Annual administration report of the Civil Veterinary Department of India - 1896-1897
Year: 1896
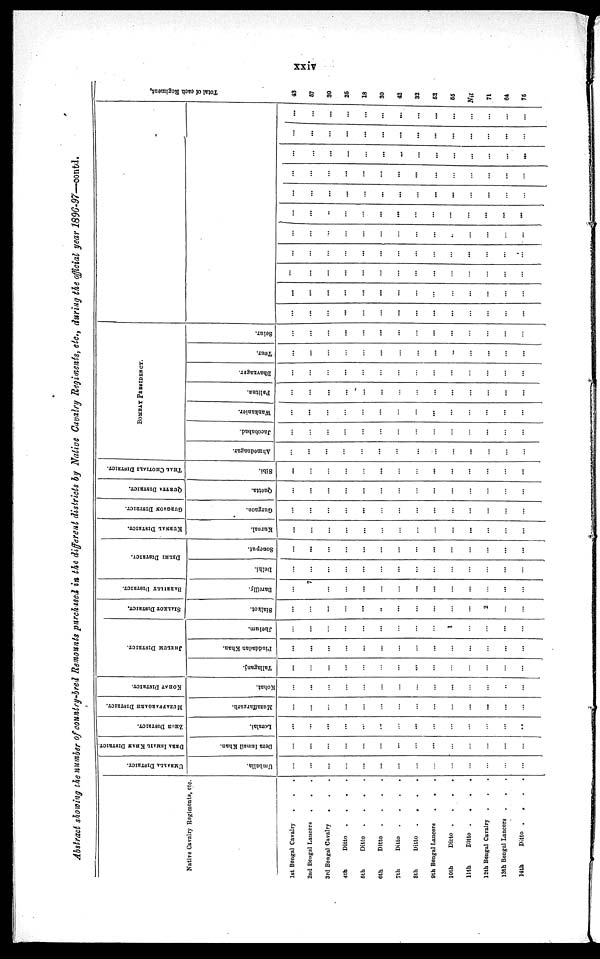
xxiv
Abstract showing the number of country-bred Remounts purchased in the different districts by Native Cavalry Regiments, etc., during the official year 1896-97—contd.
Native Cavalry Regiments, etc.
1st Bengal Cavalry . . .
2nd Bengal Lancers . . .
3rd Bengal Cavalry . . .
4th
Ditto .
.
.
.
5th
Ditto
.
.
.
.
6th
Ditto
.
.
.
.
7th
Ditto .
.
.
.
8th
Ditto
.
.
.
.
9th Bengal Lancers
.
.
.
10th
Ditto .
.
.
.
11th
Ditto .
.
.
.
12th Bengal Cavalry . . .
13th Bengal Lancers . . .
14th
Ditto .
.
.
.
UMBALLA DISTRICT.
Umballa.
...
...
...
...
...
...
...
...
...
...
...
...
...
...
DERA ISMAIL KHAN DISTRICT.
Dera Ismail Khan.
...
...
...
...
...
...
...
...
...
...
...
...
...
...
ZHOB DISTRICT.
Loralai.
...
...
...
...
...
...
...
...
...
...
...
...
...
...
MUZAFFARGARH DISTRICT.
Muzaffargarh.
...
...
...
...
...
...
...
...
...
...
...
...
...
...
KOHAT DISTRICT.
Kohat.
...
...
...
...
...
...
...
...
...
...
...
...
...
...
JHELUM DISTRICT.
Tallaganj.
...
...
...
...
...
...
...
...
...
...
...
...
...
...
Pinddadan Khan.
...
...
...
...
...
...
...
...
...
...
...
...
...
...
Jhelum.
...
...
...
...
...
...
...
...
...
1
...
...
...
...
SIALKOT DISTRICT.
Sialkot.
...
...
...
...
...
...
...
...
...
...
...
2
...
...
BABBILLY DISTRICT.
Bareilly.
...
7
...
...
...
...
...
...
...
...
...
...
...
...
DELHI DISTRICT.
Delhi.
...
...
...
...
...
...
...
...
...
...
...
...
...
...
Soncput.
...
...
...
...
...
...
...
...
...
...
...
...
...
...
KURNAL DISTRICT.
Kurnal.
...
...
...
...
...
...
...
...
...
...
...
...
...
...
GURGAON DISTRICT.
Gurgaon.
...
...
...
...
...
...
...
...
...
...
...
...
...
...
QUBTTA DISTRICT.
Quetta.
...
...
...
...
...
...
...
...
...
...
...
...
...
...
THAL CHOTIALI DISTRICT.
Sibi.
...
...
...
...
...
...
...
...
...
...
...
...
...
...
BOMBAY PRESIDENCY.
Ahmednagar.
...
...
...
...
...
...
...
...
...
...
...
...
...
...
Jacobabad.
...
...
...
...
...
...
...
...
...
...
...
...
...
...
Wankanier.
...
...
...
...
...
...
...
...
...
...
...
...
...
...
Palitna.
...
...
...
...
...
...
...
...
...
...
...
...
...
...
Bhavnagar.
...
...
...
...
...
...
...
...
...
...
...
...
...
...
Tour.
...
...
...
...
...
...
...
...
...
...
...
...
...
...
Seiur.
...
...
...
...
...
...
...
...
...
...
...
...
...
...
...
...
...
...
...
...
...
...
...
...
...
...
...
...
...
...
...
...
...
...
...
...
...
...
...
...
...
...
...
...
...
...
...
...
...
...
...
...
...
...
...
...
...
...
...
...
...
...
...
...
...
...
...
...
...
...
...
...
...
...
...
...
...
...
...
...
...
...
...
...
...
...
...
...
...
...
...
...
...
...
...
...
...
...
...
...
...
...
...
...
...
...
...
...
...
...
...
...
...
...
...
...
...
...
...
...
...
...
...
...
...
...
...
...
...
...
...
...
...
...
...
...
...
...
...
...
...
...
...
...
...
...
...
...
...
...
...
...
...
...
...
...
...
...
...
...
...
...
...
...
...
...
...
...
Total of each Regiment,
43
57
30
25
18
30
42
32
52
55
Nil
71
64
75